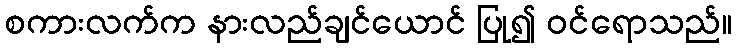
စကားလက်က နားလည်ချင်ယောင် ပြု၍ ဝင်ရောသည်။